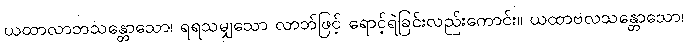
ယထာလာဘသန္တောသော၊ ရရသမျှသော လာဘ်ဖြင့် ရောင့်ရဲခြင်းလည်းကောင်း။ ယထာဗလသန္တောသော၊